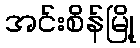
အင်းစိန်မြို့